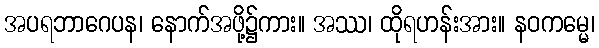
အပရဘာဂေပန၊ နောက်အဖို့၌ကား။ အဿ၊ ထိုရဟန်းအား။ နဝကမ္မေ၊